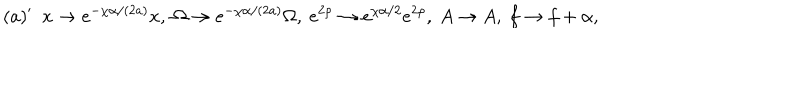
LaTeX: ( a ) ^ { \prime } \ \ x \rightarrow e ^ { - \chi \alpha / ( 2 a ) } x , \ \Omega \rightarrow e ^ { - \chi \alpha / ( 2 a ) } \Omega , \ e ^ { 2 \rho } \rightarrow e ^ { \chi \alpha / 2 } e ^ { 2 \rho } , \ A \rightarrow A , \ f \rightarrow f + \alpha ,